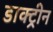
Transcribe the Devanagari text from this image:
डाक्ट्रीन